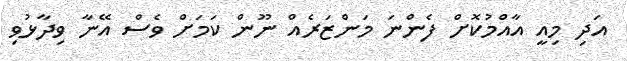
އަދި މިއީ އާއްމުކޮށް ފެންނަ މަންޒަރެއް ނޫން ކަމަށް ވެސް އޭނާ ވިދާޅުވި